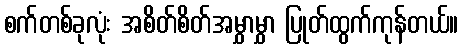
စက်တစ်ခုလုံး အစိတ်စိတ်အမွှာမွှာ ပြုတ်ထွက်ကုန်တယ်။